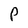
Character: P